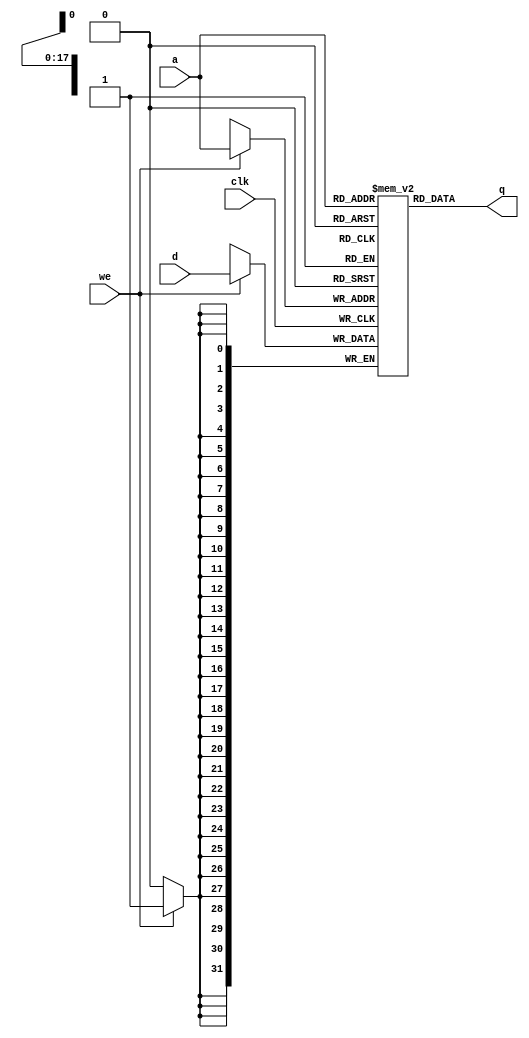
module ram_infer(
                    q    ,
                    a    ,
                    d    ,
                    we   ,
                    clk
                 );
output    [31:0]    q    ;
input     [31:0]    d    ;
input     [17:0]     a    ;
input               we   ;
input               clk  ;
reg       [31:0]     mem  [262143:0]   ;

always @(posedge clk) begin
  if (we) begin
    mem[a] <= d;
  end
end

assign q = mem[a];

endmodule